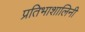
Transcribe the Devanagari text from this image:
प्रतिभाशालिनी